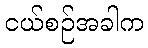
ငယ်စဉ်အခါက